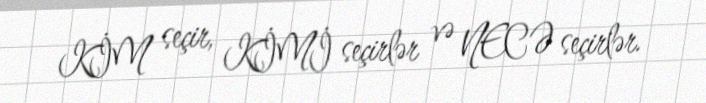
KİM seçir, KİMİ seçirlər və NECƏ seçirlər.